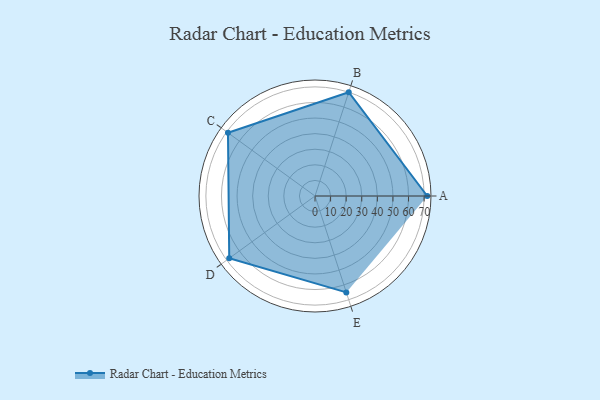
{"axis": {"x": "Skill", "y": "Score"}, "legend": ["Profile"], "data": [{"x": "A", "y": 72.0, "type": "Profile"}, {"x": "B", "y": 70.0, "type": "Profile"}, {"x": "C", "y": 69.0, "type": "Profile"}, {"x": "D", "y": 68.0, "type": "Profile"}, {"x": "E", "y": 65.0, "type": "Profile"}]}